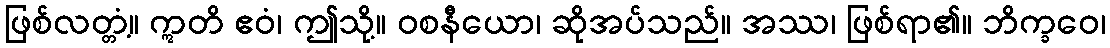
ဖြစ်လတ္တံ့။ ဣတိ ဧဝံ၊ ဤသို့။ ဝစနီယော၊ ဆိုအပ်သည်။ အဿ၊ ဖြစ်ရာ၏။ ဘိက္ခဝေ၊